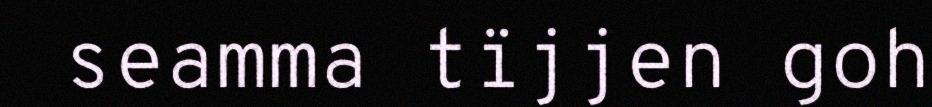
seamma tïjjen goh